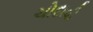
ચોદાવી